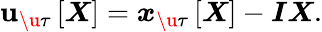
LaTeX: \boldsymbol{\mathbf{u}}_{\u{{\tau}}}\left[\boldsymbol{X}\right]=\boldsymbol{x}_{\u{{\tau}}}\left[\boldsymbol{X}\right]-\boldsymbol{I}\boldsymbol{X}.